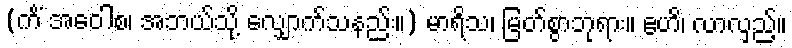
(ကိံ အဝေါစ၊ အဘယ်သို့ လျှောက်သနည်း။) မာရိသ၊ မြတ်စွာဘုရား။ ဧဟိ၊ လာလှည့်။